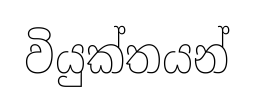
වියුක්තයන්